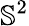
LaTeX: \mathbb{S}^{2}